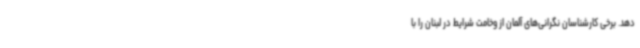
دهد. برخی کارشناسان نگرانی‌های آلمان از وخامت شرایط در لبنان را با